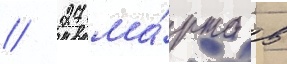
// 27 ма́рта в